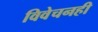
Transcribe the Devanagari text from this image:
विवेचनही